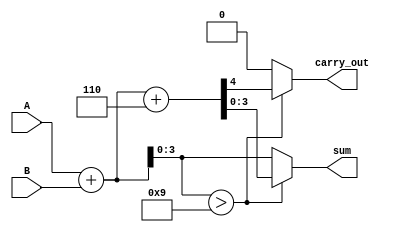
module BCD_Redundant_Binary_Adder (
    input wire [3:0] A,      // First BCD input
    input wire [3:0] B,      // Second BCD input
    output reg [3:0] sum,     // BCD result output
    output reg carry_out      // Carry out signal
);

    // Internal wires for sum and carry calculations
    wire [4:0] sum_temp;      // Temporary 5-bit sum to handle carry
    wire correction_needed;     // Flag for correction necessity

    // Initial addition (redundant binary addition)
    assign sum_temp = A + B;

    // Determine if correction is needed (if sum_temp > 9)
    assign correction_needed = sum_temp[3:0] > 4'b1001;

    // Correction logic
    always @(*) begin
        if (correction_needed) begin
            {carry_out, sum} = sum_temp + 4'b0110; // Apply correction
        end else begin
            carry_out = 1'b0;                       // No carry out
            sum = sum_temp[3:0];                   // Assign lower 4 bits of sum_temp
        end
    end

endmodule